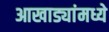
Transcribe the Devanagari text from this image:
आखाड्यांमध्ये